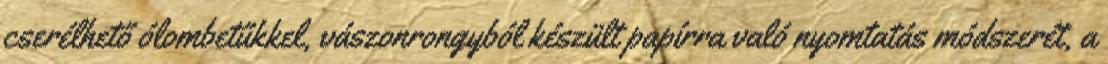
cserélhető ólombetűkkel, vászonrongyból készült papírra való nyomtatás módszerét, a